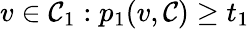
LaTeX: v\in\mathcal{C}_{1}:p_{1}(v,\mathcal{C})\geq t_{1}